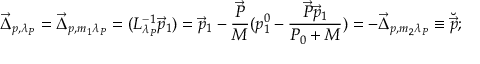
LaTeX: \vec { \Delta } _ { p , \lambda _ { P } } = \vec { \Delta } _ { p , m _ { 1 } \lambda _ { P } } = ( L _ { \lambda _ { P } } ^ { - 1 } \vec { p } _ { 1 } ) = \vec { p } _ { 1 } - \frac { \vec { P } } { M } ( p _ { 1 } ^ { 0 } - \frac { \vec { P } \vec { p } _ { 1 } } { P _ { 0 } + M } ) = - \vec { \Delta } _ { p , m _ { 2 } \lambda _ { P } } \equiv \breve { \vec { p } } ;